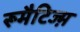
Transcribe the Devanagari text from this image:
रूमैटिज्म़